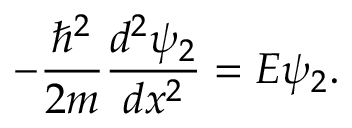
- { \frac { \hbar ^ { 2 } } { 2 m } } { \frac { d ^ { 2 } \psi _ { 2 } } { d x ^ { 2 } } } = E \psi _ { 2 } .